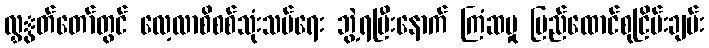
လွှွတ်တော်တွင် လေ့လာစိစစ်သုံးသပ်ရေး ဘွဲ့ရပြီးနောက် ကြံဆမှု ပြည်ထောင်စုငြိမ်းချမ်း